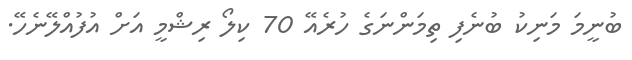
ބުނީމަ މަނިކު ބުނެފި ތިމަންނަގެ ހުރެއޭ 70 ކިލޯ ރިޝްމީ އަށް އުފުއްލޭނެހޭ.